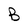
Character: B